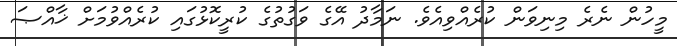
މީހުން ނެރެ މިނިވަން ކުރެއްވިއެވެ. ނަމާދު އޭގެ ވަގުތުގެ ކުރީކޮޅުގައި ކުރެއްވުމަށް ޚާއްޞަ